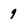
Character: 9